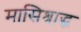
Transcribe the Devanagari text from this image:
मासिश्राद्ध